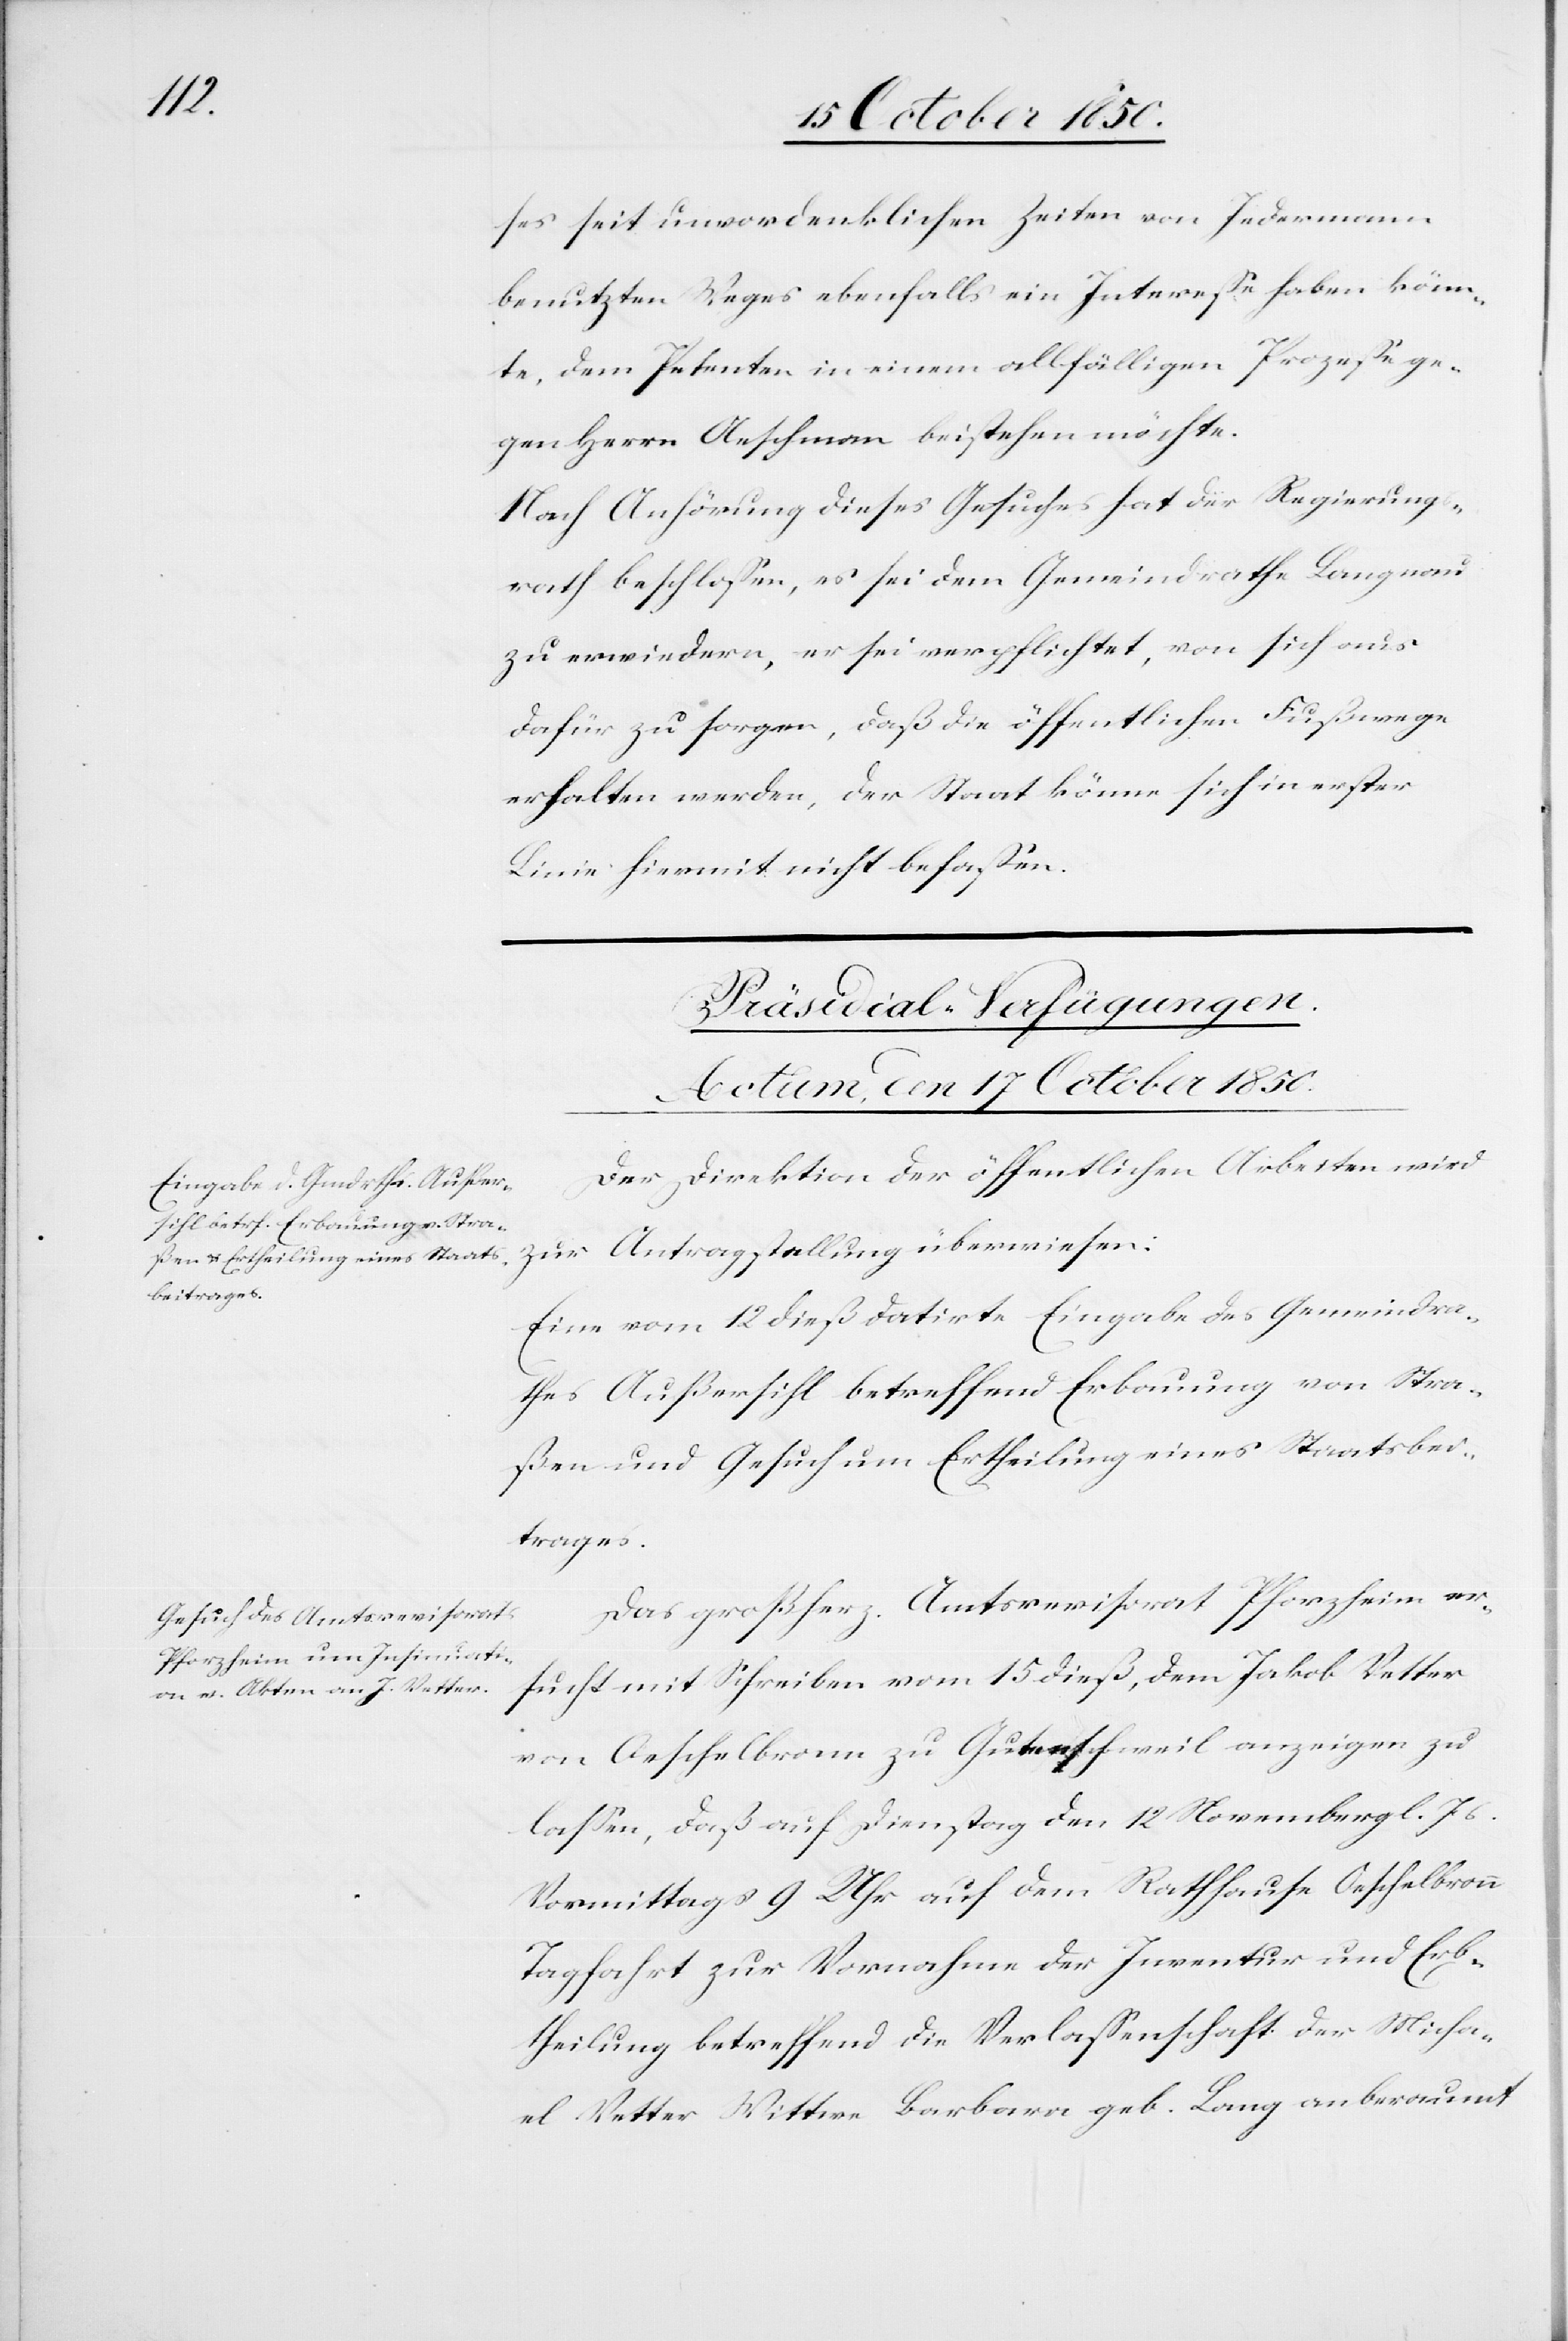
ses seit unvordenklichen Zeiten von Jeder¬
benutzten Weges ebenfalls ein Interesse haben könn¬
te, dem Petenten in einem allfälligen Prozesse ge¬
gen Herrn Aeschman [sic!] beistehen möchte.
Nach Anhörung dieses Gesuches hat der Regierungs¬
rath beschlossen, es sei dem Gemeindrathe Langnau
zu erwiedern, er sei verpflichtet, von sich aus
dafür zu sorgen, daß die öffentlichen Fußwege
erhalten werden, der Staat könne sich in erster
Linie hiermit nicht befassen.
mann
[Präsidial-Verfügungen.
Actum, den 17 October 1850.]
Der Direktion der öffentlichen Arbeiten wird
zur Antragstellung überwiesen:
Eine vom 12 dieß datirte Eingabe des Gemeindra¬
thes Außersihl betreffend Erbauung von Stra¬
ßen und Gesuch um Ertheilung eines Staatsbei¬
trages.
Das großherz. Amtsrevisorat Pforzheim er¬
sucht mit Schreiben vom 15 dieß, dem Jakob Vetter
von Oeschelbronn zu Gutenschweil anzeigen zu
lassen, daß auf Dienstag den 12 November gl. Js.
Vormittags 9 Uhr auf dem Rathhause Oeschelbronn
Tagfahrt zur Vornahme der Inventur und Erb¬
theilung betreffend die Verlassenschaft der Micha¬
el Vetter Wittwe Barbara geb. Lang anberaumt